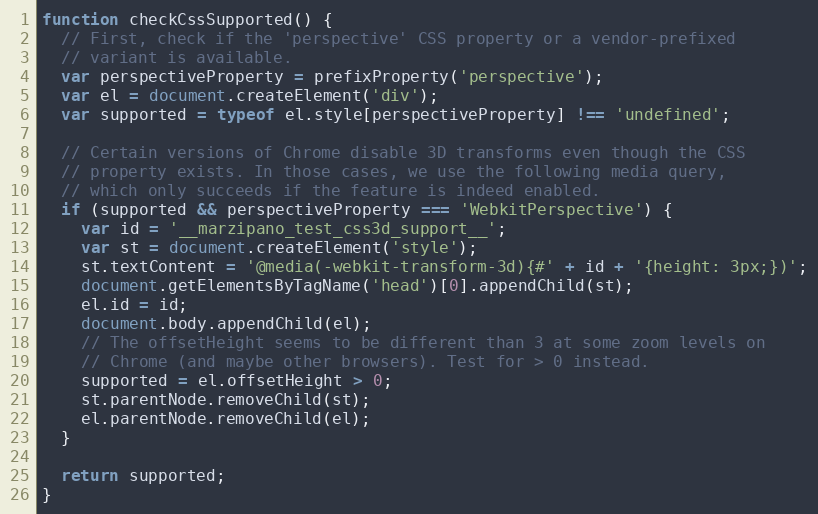
Language: JavaScript
function checkCssSupported() {
  // First, check if the 'perspective' CSS property or a vendor-prefixed
  // variant is available.
  var perspectiveProperty = prefixProperty('perspective');
  var el = document.createElement('div');
  var supported = typeof el.style[perspectiveProperty] !== 'undefined';

  // Certain versions of Chrome disable 3D transforms even though the CSS
  // property exists. In those cases, we use the following media query,
  // which only succeeds if the feature is indeed enabled.
  if (supported && perspectiveProperty === 'WebkitPerspective') {
    var id = '__marzipano_test_css3d_support__';
    var st = document.createElement('style');
    st.textContent = '@media(-webkit-transform-3d){#' + id + '{height: 3px;})';
    document.getElementsByTagName('head')[0].appendChild(st);
    el.id = id;
    document.body.appendChild(el);
    // The offsetHeight seems to be different than 3 at some zoom levels on
    // Chrome (and maybe other browsers). Test for > 0 instead.
    supported = el.offsetHeight > 0;
    st.parentNode.removeChild(st);
    el.parentNode.removeChild(el);
  }

  return supported;
}